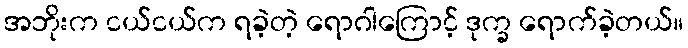
အဘိုးက ငယ်ငယ်က ရခဲ့တဲ့ ရောဂါကြောင့် ဒုက္ခ ရောက်ခဲ့တယ်။